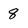
Character: 8